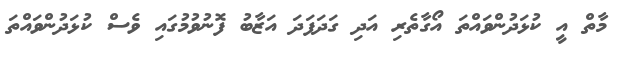
މާތް އީ ކުޅަދުންވައްތަ އޯގާތެރި އަދި ގަދަފަދަ އަޒާބު ފޮނުވުމުގައި ވެސް ކުޅަދުންވައްތަ